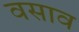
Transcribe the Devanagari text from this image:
वसाव